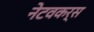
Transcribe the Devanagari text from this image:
नेटवकर्स